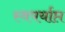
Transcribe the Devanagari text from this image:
स्वपर्याप्त